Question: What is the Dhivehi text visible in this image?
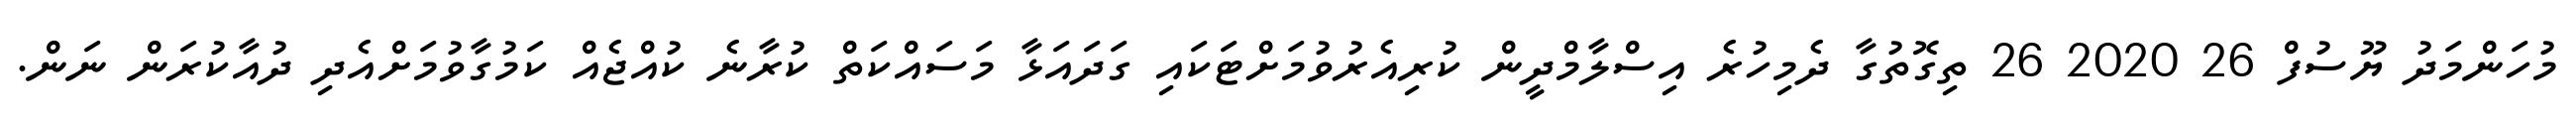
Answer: މުހަންމަދު ޔޫސުފް 26 2020 26 ތިގޮތުގާ ދެމިހުރެ އިސްލާމްދީން ކުރިއެރުވުމަށްޓަކައި ގަދައަޅާ މަސައްކަތް ކުރާނެ ކުއްޖެއް ކަމުގާވުމަށްއެދި ދުއާކުރަން ނަން.